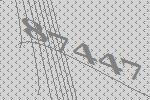
87447